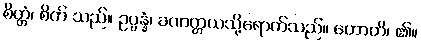
စိတ္တံ၊ စိတ် သည်။ ဥပ္ပန္နံ၊ ခဏတ္တယသို့ရောက်သည်။ ဟောတိ၊ ၏။